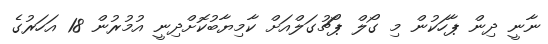
ނާނީ ދިން ޕާހަކުން މި ގޯލް ޕޯޗުގަލްއަށް ކާމިޔާބުކޮށްދިނީ އުމުރުން 18 އަހަރުގެ